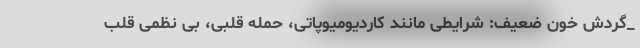
_گردش خون ضعیف: شرایطی مانند کاردیومیوپاتی، حمله قلبی، بی نظمی قلب